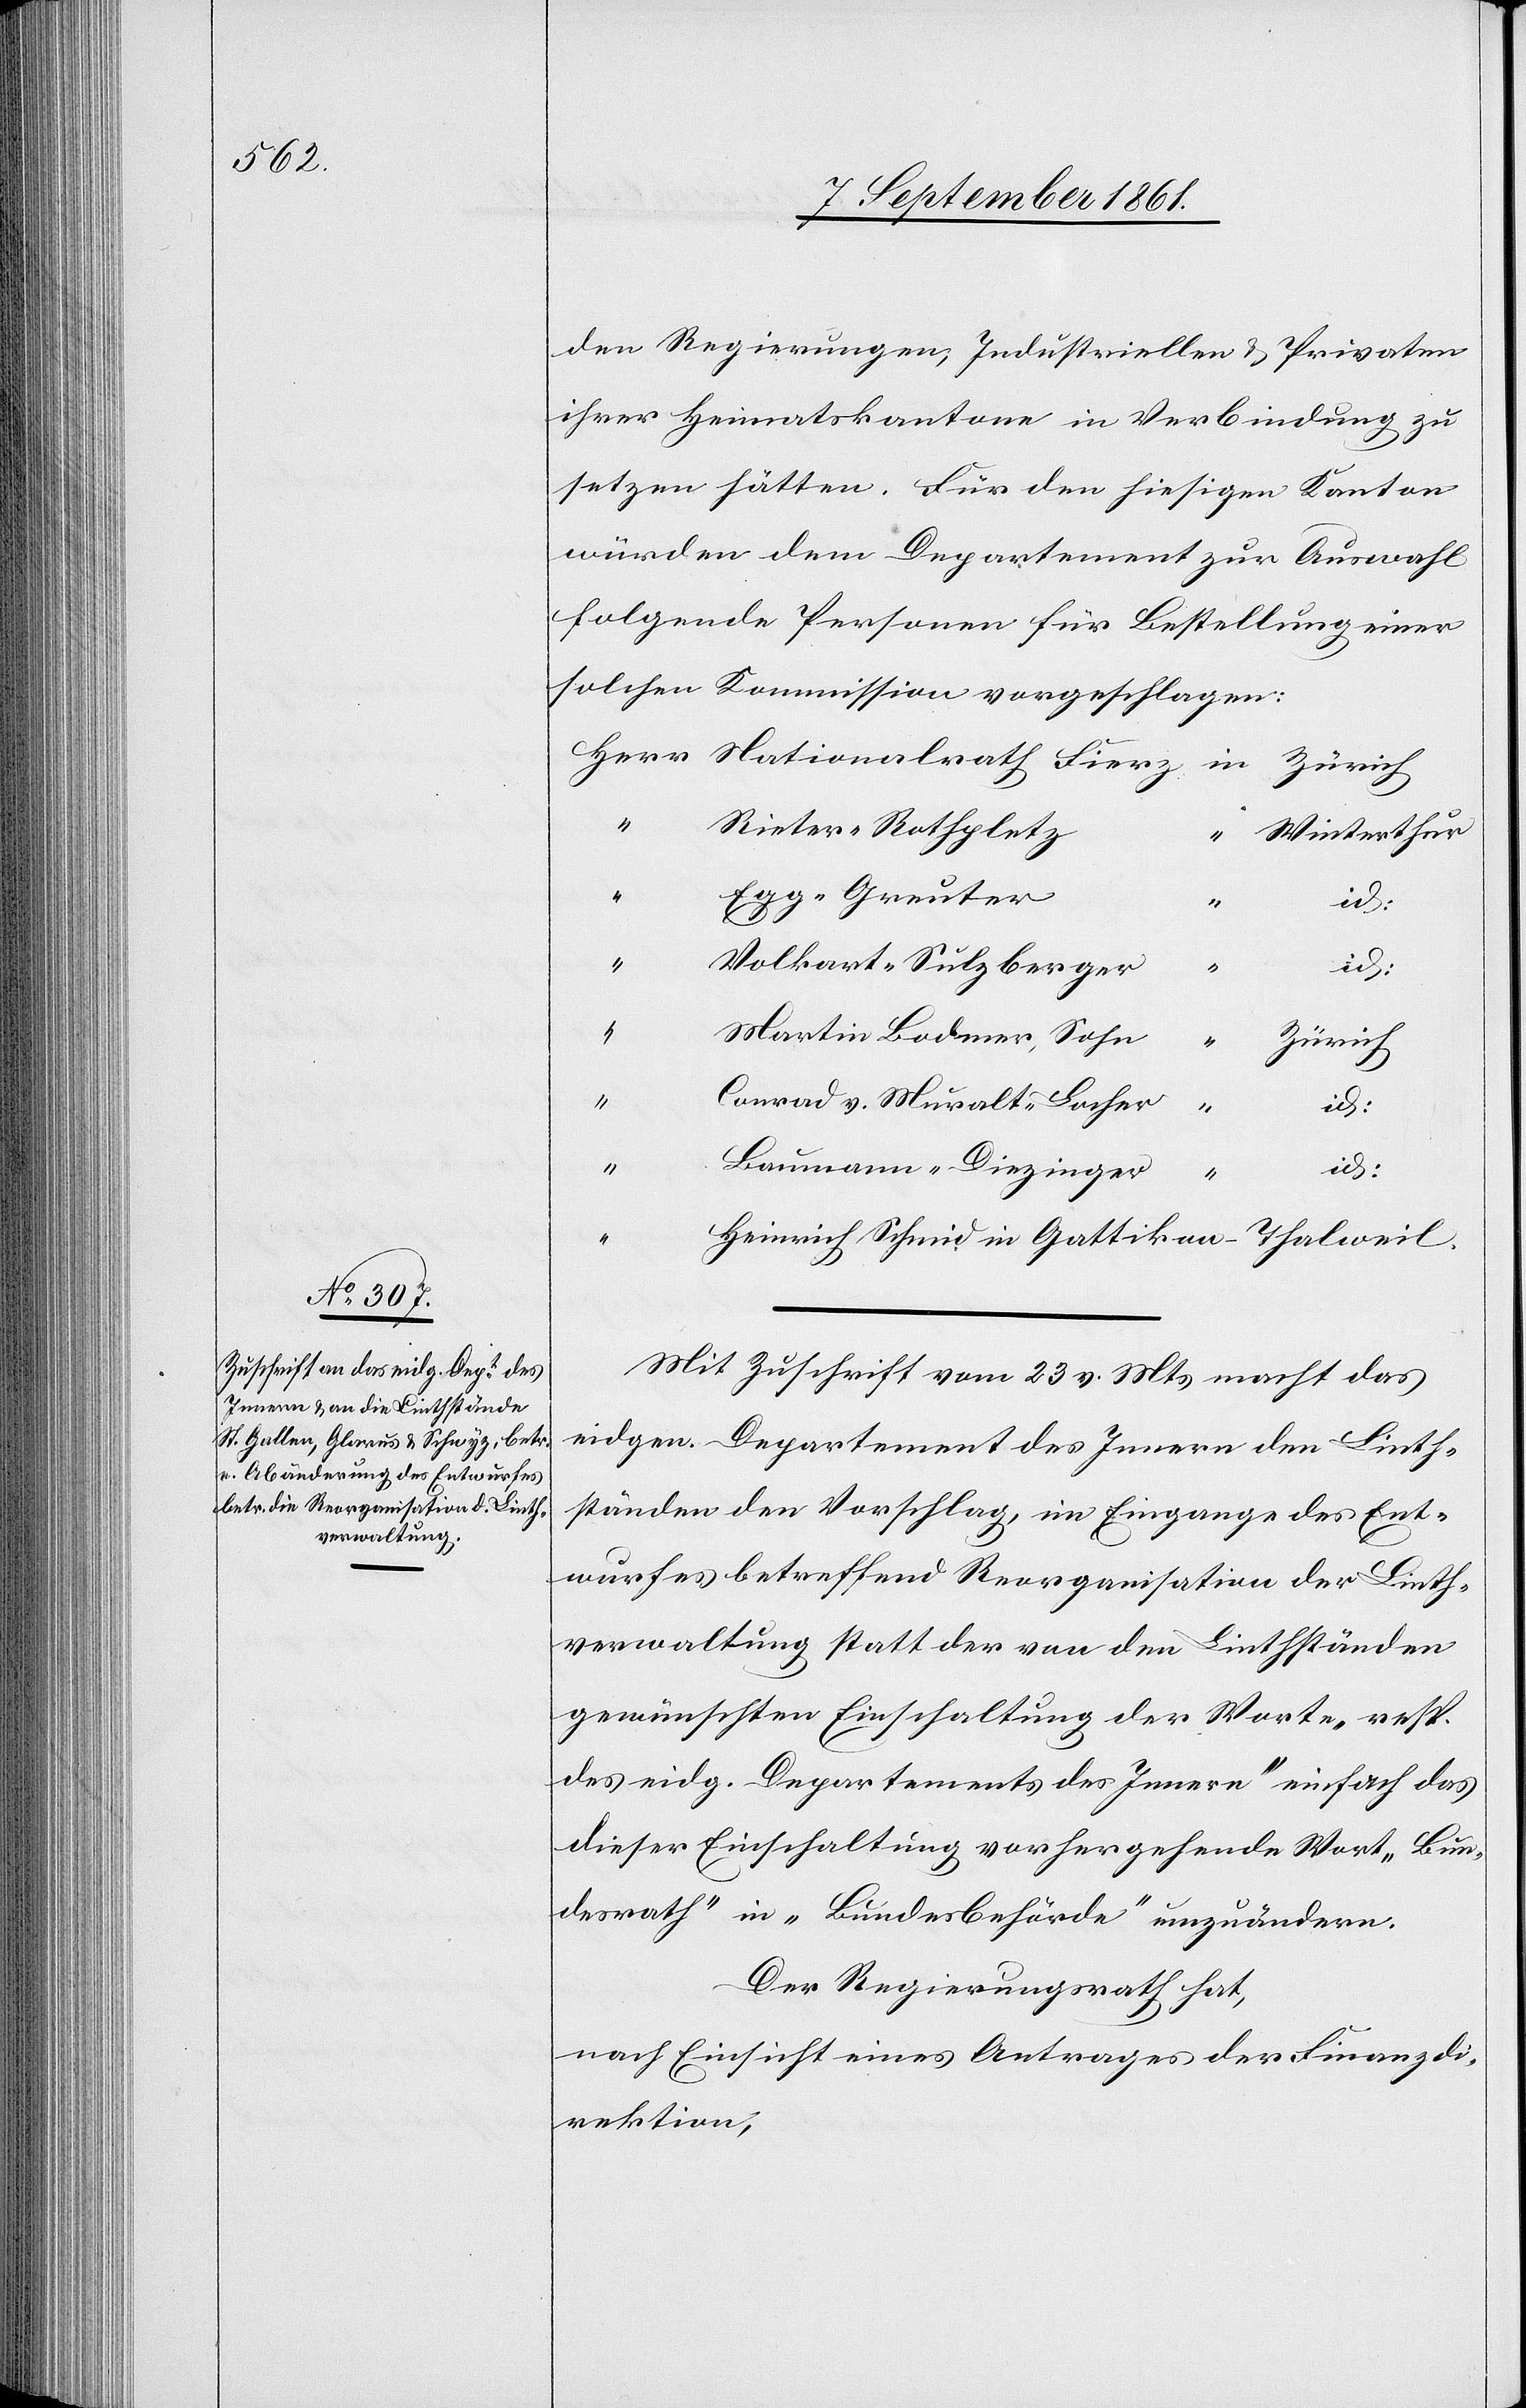
Regierungen, Industriellen u. Privaten
ihrer Heimatskantone in Verbindung zu
setzen hätten. Für den hiesigen Kanton
würden dem Departement zur Auswahl
folgende Personen für Bestellung einer
solchen Kommission vorgeschlagen:
Herr	Nationalrath Fierz	in Zürich
Winterthur
“
id.
“		Martin Bodmer, Sohn
“
Zürich
“		Conrad v. Muralt, Locher
“		Heinrich Schmid		in Gattikon-Thalweil.
Mit Zuschrift vom 23 v. Mts. macht das
eidgen. Departement des Innern den Linth¬
ständen den Vorschlag, im Eingange des Ent¬
wurfes betreffend Reorganisation der Linth¬
verwaltung statt der von den Linthständen
gewünschten Einschaltung der Worte „resp.
des eidg. Departements des Innern“ einfach das
dieser Einschaltung vorhergehende Wort „Bun¬
desrath“ in „Bundesbehörde“ abzuändern.
Der Regierungsrath hat,
nach Einsicht eines Antrages der Finanzdi¬
rektion,